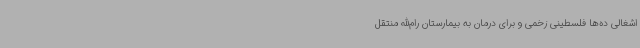
اشغالی ده‌ها فلسطینی زخمی و برای درمان به بیمارستان رام‌الله منتقل